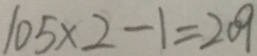
1 0 5 \times 2 - 1 = 2 0 9